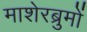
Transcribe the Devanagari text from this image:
माशेरब्रुमों